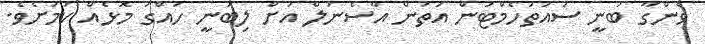
ވެންގާ ބުނީ ސައުތުހެމްޓަން އަތުން އާސެނަލް އަށް ލިބުނީ ހައްގު މޮޅެއް ކަމަށެވެ.